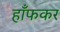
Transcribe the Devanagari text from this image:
हाँफकर